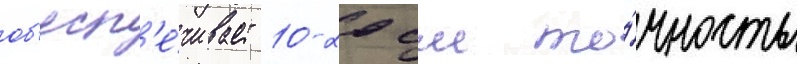
об'есп'е́чивает 10-20 см то́чность